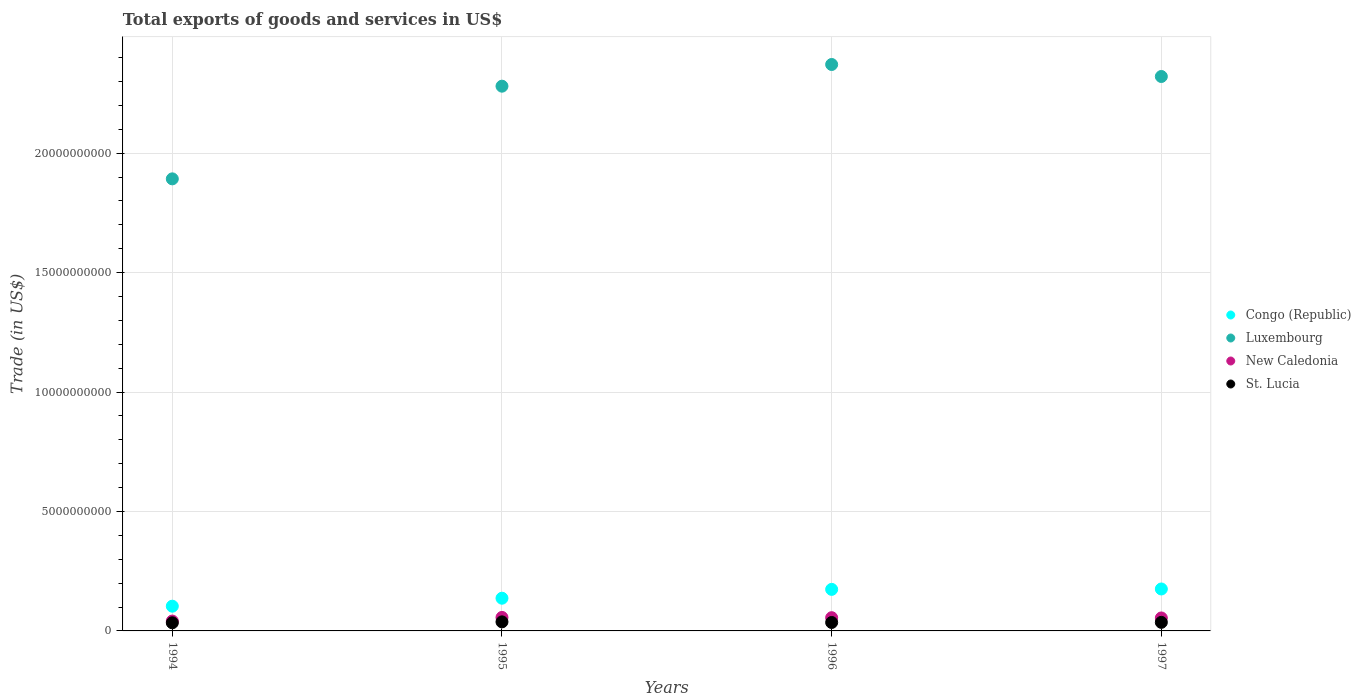
| Years | Congo (Republic) | Luxembourg | New Caledonia | St. Lucia |
 | --- | --- | --- | --- | --- |
 | 1994 | 1.04e+09 | 1.89e+10 | 4.13e+08 | 3.4e+08 |
 | 1995 | 1.37e+09 | 2.28e+10 | 5.65e+08 | 3.79e+08 |
 | 1996 | 1.74e+09 | 2.37e+10 | 5.54e+08 | 3.53e+08 |
 | 1997 | 1.76e+09 | 2.32e+10 | 5.43e+08 | 3.59e+08 |